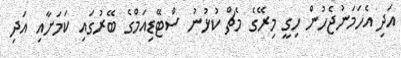
އަދި އެހަމަނުޖެހުން ހިގީ މިރޭގެ މެޗް ކުޅުނު ސްޓޭޑިއަމްގެ ބޭރުގައި ކަމަށާއި އަދި